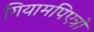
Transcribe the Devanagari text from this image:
गियामपिएत्रो